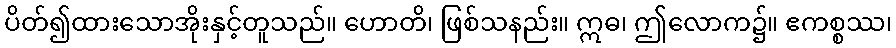
ပိတ်၍ထားသောအိုးနှင့်တူသည်။ ဟောတိ၊ ဖြစ်သနည်း။ ဣဓ၊ ဤလောက၌။ ဧကစ္စဿ၊